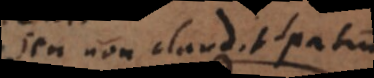
seu non claudit spatio